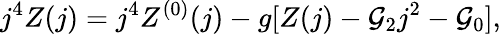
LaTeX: j^{4}Z(j)=j^{4}Z^{(0)}(j)-g[Z(j)-{\cal G}_{2}j^{2}-{\cal G}_{0}],